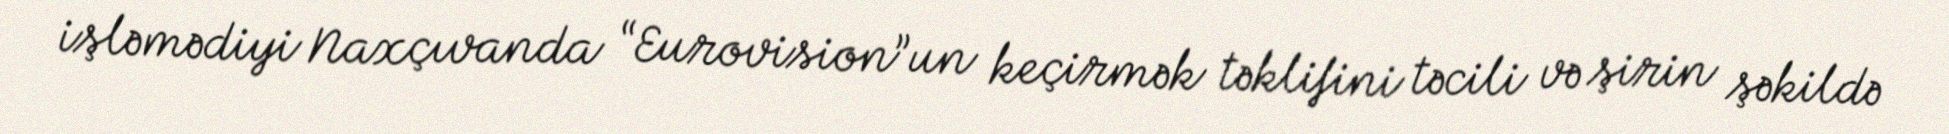
işləmədiyi Naxçıvanda “Eurovision”un keçirmək təklifini təcili və şirin şəkildə